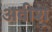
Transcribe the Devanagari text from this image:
अवीश्